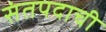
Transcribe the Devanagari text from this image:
संतपदाची